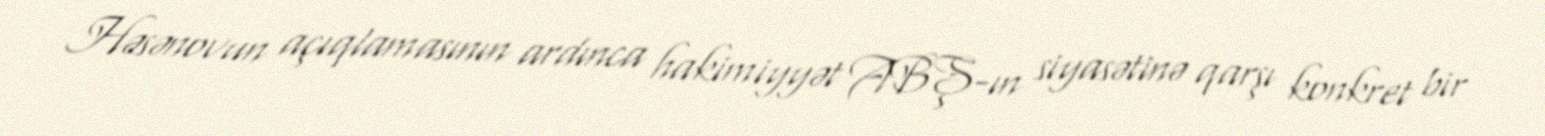
Həsənovun açıqlamasının ardınca hakimiyyət ABŞ-ın siyasətinə qarşı konkret bir